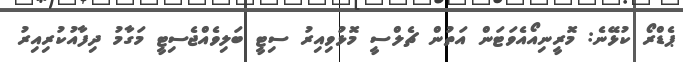
ޕެޑްރޯ ކުޅޭނެ: މޮރީނިއޯއެވަޓަން އަތުން ޗެލްސީ މޮޅުވިއިރު ސިޓީ ބަލިވެއްޖެސިޓީ މަގާމު ދިފާއުކުރިއިރު